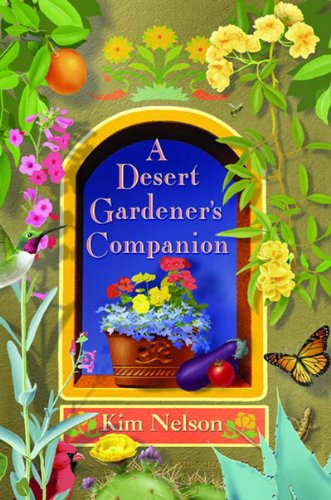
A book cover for A Desert Gardener's Companion; KIM NELSON; Crafts, Hobbies & Home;